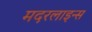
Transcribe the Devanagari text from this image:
मदरलाइन्स